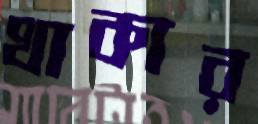
থাকার